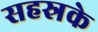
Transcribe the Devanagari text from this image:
सहस्रके